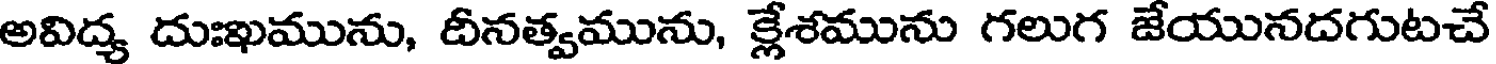
అవిద్య దుఃఖమును, దీనత్వమును, క్లేశమును గలుగ జేయునదగుటచే